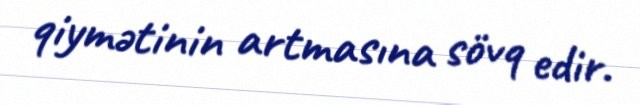
qiymətinin artmasına sövq edir.